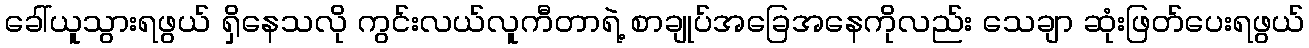
ခေါ်ယူသွားရဖွယ် ရှိနေသလို ကွင်းလယ်လူကီတာရဲ့ စာချုပ်အခြေအနေကိုလည်း သေချာ ဆုံးဖြတ်ပေးရဖွယ်